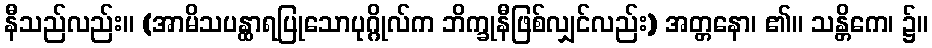
နီသည်လည်း။ (အာမိသပန္ထာရပြုသောပုဂ္ဂိုလ်က ဘိက္ခုနီဖြစ်လျှင်လည်း) အတ္တနော၊ ၏။ သန္တိကေ၊ ၌။